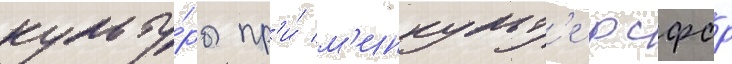
культу́ры пр'и́ м'инкульт'е рсфср